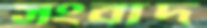
সংবাদ